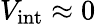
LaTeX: V_{\mathrm{int}}\approx 0